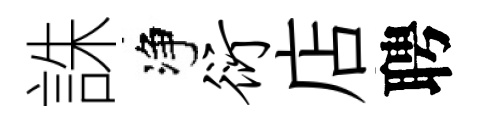
誅净衍店聘